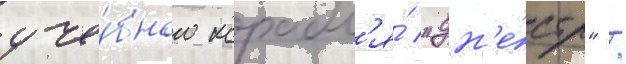
уче́бного корабл'я́ "дн'е́стр" /